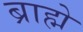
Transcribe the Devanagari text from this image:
ब्राह्मे